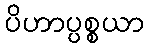
ပိဟာပ္ပစ္စယာ